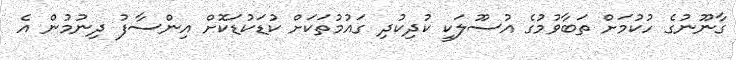
ގާނޫނުގެ ހުކުމަށް ތަބާވުމުގެ އުސޫލަކީ ކުދިކުދި ގައުމުތަކަށް ކުޑަކުޑަކޮށް އިންސާފު ދިނުމުން އެ